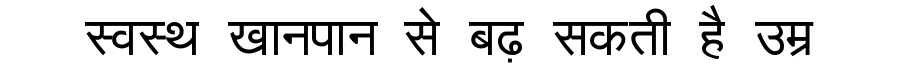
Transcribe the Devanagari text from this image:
स्वस्थ खानपान से बढ़ सकती है उम्र